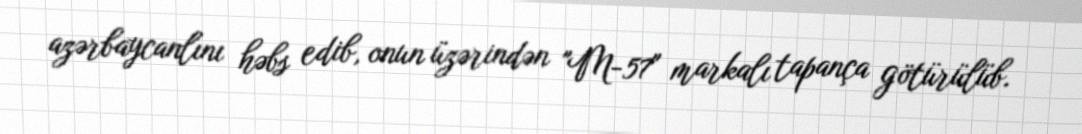
azərbaycanlını həbs edib, onun üzərindən "M-57" markalı tapança götürülüb.